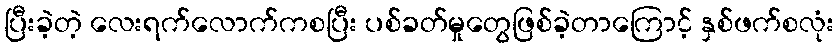
ပြီးခဲ့တဲ့ လေးရက်လောက်ကစပြီး ပစ်ခတ်မှုတွေဖြစ်ခဲ့တာကြောင့် နှစ်ဖက်စလုံး